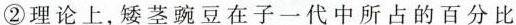
②理论上，矮茎豌豆在子一代中所占的百分比